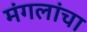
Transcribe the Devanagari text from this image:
मंगलांचा